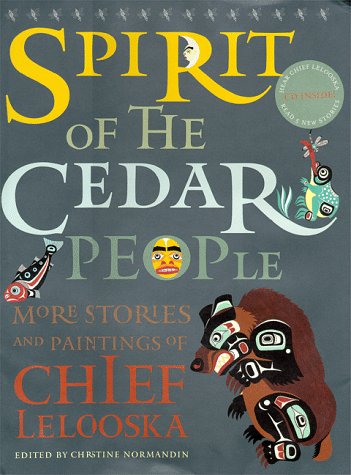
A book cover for Spirit of the Cedar People (with CD); Chief Lelooska; Children's Books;